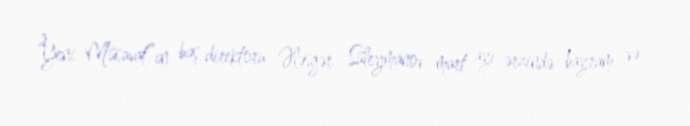
“Yeni Müsavat”ın baş direktoru Ələsgər Süleymanov mart ayı ərzində bayram və